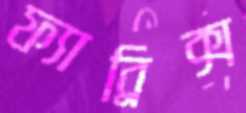
ফ্যাব্রিক্স